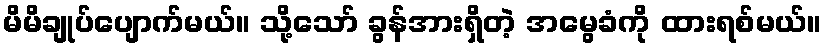
မိမိချုပ်ပျောက်မယ်။ သို့သော် ခွန်အားရှိတဲ့ အမွေခံကို ထားရစ်မယ်။